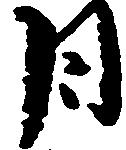
日